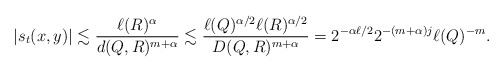
\begin{align*}|s_t(x,y)| \lesssim \frac{\ell(R)^{\alpha}}{d(Q,R)^{m+\alpha}} \lesssim \frac{\ell(Q)^{\alpha/2}\ell(R)^{\alpha/2}}{D(Q,R)^{m+\alpha}} = 2^{-\alpha \ell/2} 2^{-(m+\alpha)j} \ell(Q)^{-m}.\end{align*}